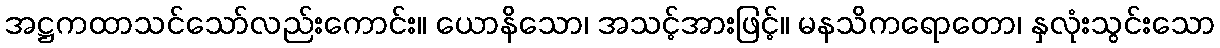
အဋ္ဌကထာသင်သော်လည်းကောင်း။ ယောနိသော၊ အသင့်အားဖြင့်။ မနသိကရောတော၊ နှလုံးသွင်းသော